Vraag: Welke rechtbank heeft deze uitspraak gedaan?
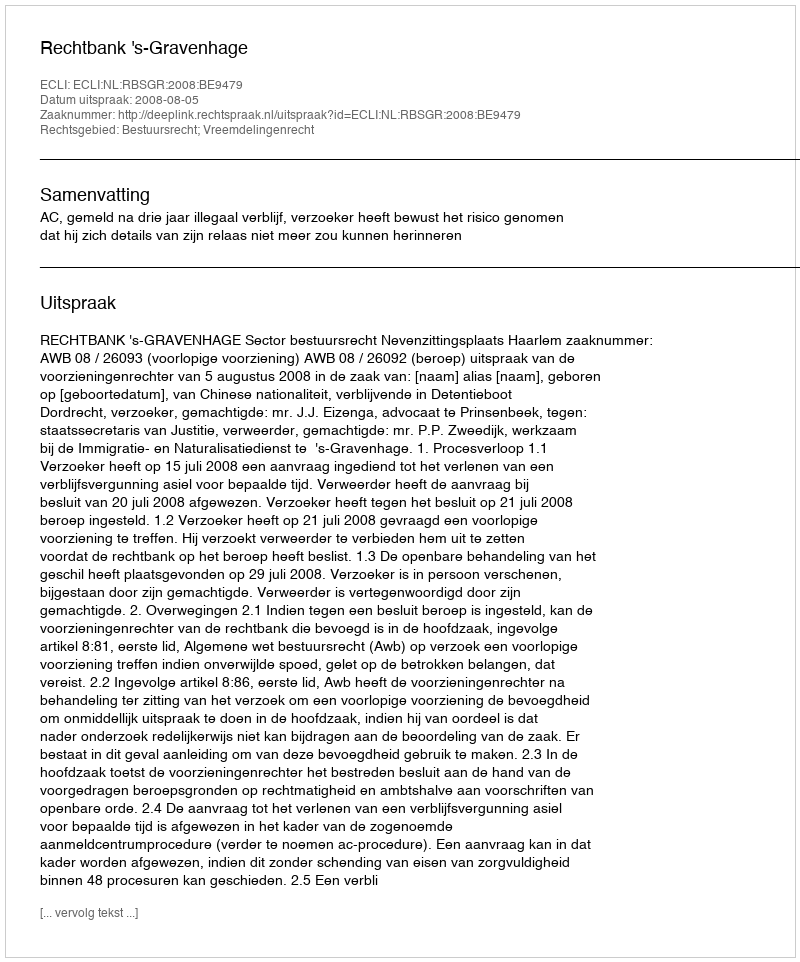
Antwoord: Rechtbank 's-Gravenhage